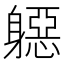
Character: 𨉼